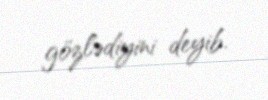
gözlədiyini deyib.